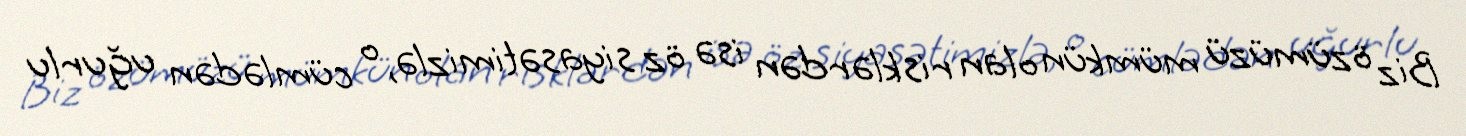
Biz özümüzü mümkün olan risklərdən isə öz siyasətimizlə, o cümlədən uğurlu